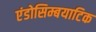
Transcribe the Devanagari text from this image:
एंडोसिम्बयाटिक